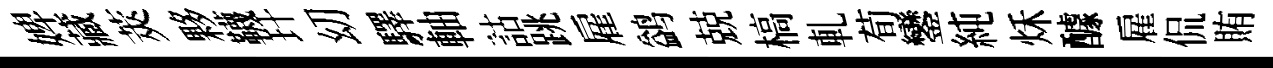
婢藏莢夥韈玕㓜驛軸詁跳雇鹢兢槁軋荀鑾純秌醵雇侃賄